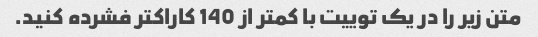
متن زیر را در یک توییت با کمتر از 140 کاراکتر فشرده کنید.